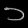
Digit: ၁